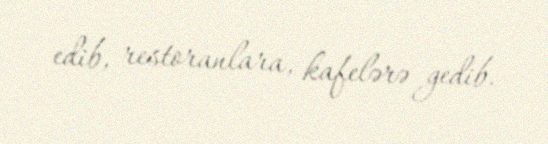
edib, restoranlara, kafelərə gedib.